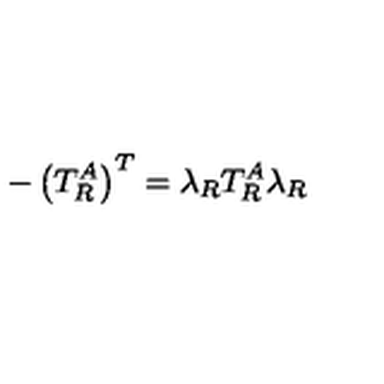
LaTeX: - \left( T _ { R } ^ { A } \right) ^ { T } = \lambda _ { R } T _ { R } ^ { A } \lambda _ { R }